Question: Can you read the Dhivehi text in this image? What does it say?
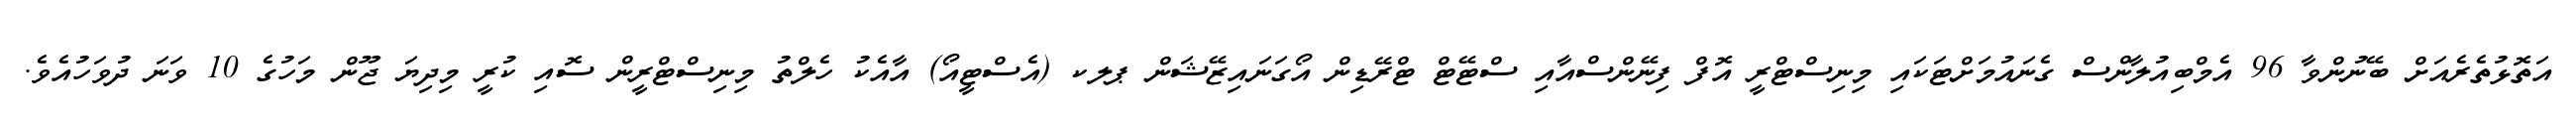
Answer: އަތޮޅުތެރެއަށް ބޭނުންވާ 96 އެމްބިއުލާންސް ގެނައުމަށްޓަކައި މިނިސްޓްރީ އޮފް ފިނޭންސްއާއި ސްޓޭޓް ޓްރޭޑިން އޯގަނައިޒޭޝަން ޕލކ (އެސްޓީއޯ) އާއެކު ހެލްތު މިނިސްޓްރީން ސޮއި ކުރީ މިދިޔަ ޖޫން މަހުގެ 10 ވަނަ ދުވަހުއެވެ.